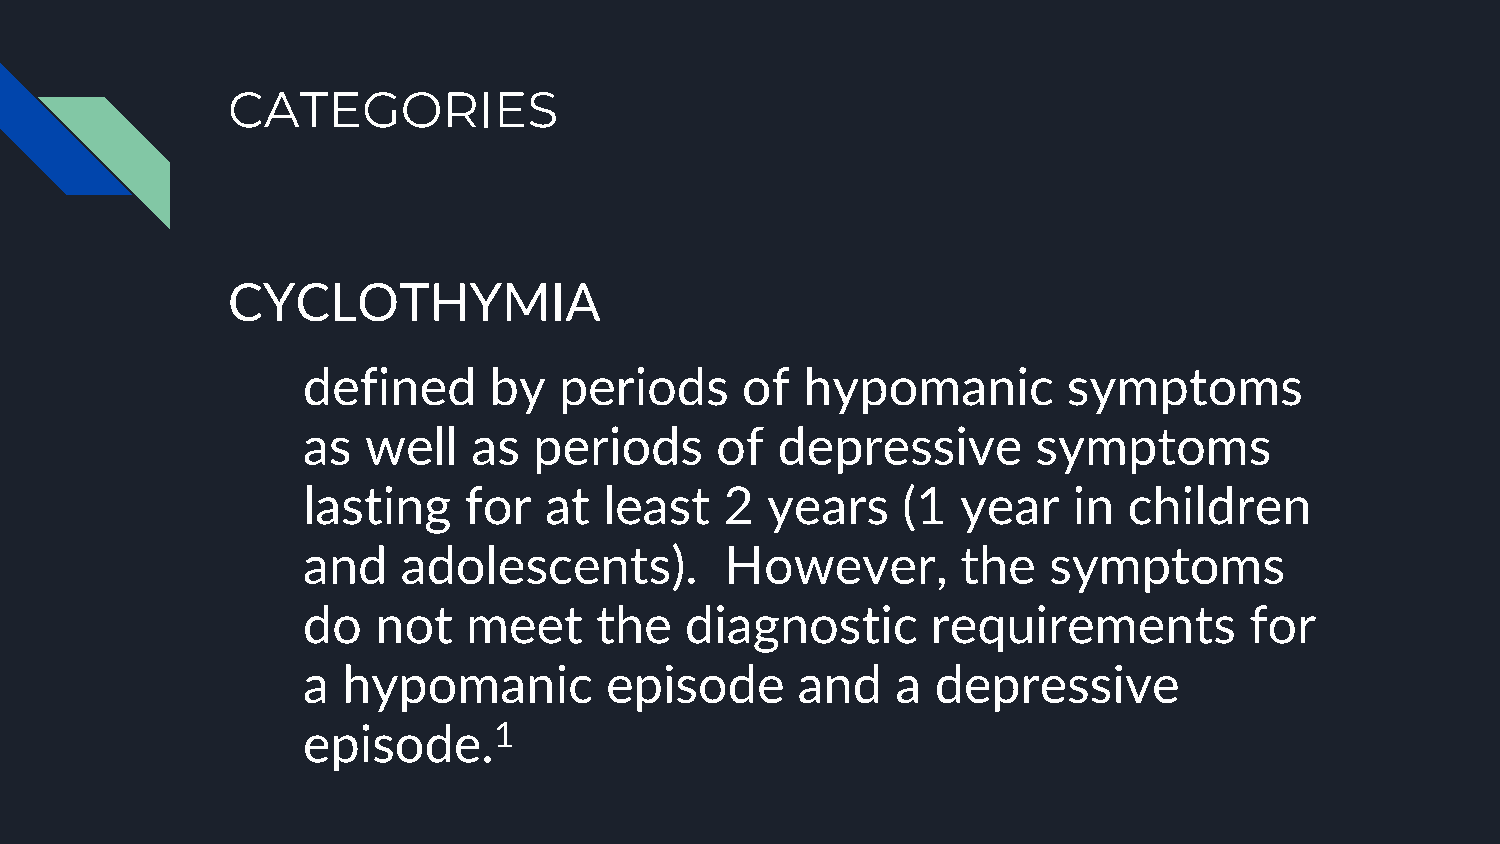
CATEGORIES
 CYCLOTHYMIA
 defined     by   periods     of  hypomanic         symptoms
 as  well   as  periods     of  depressive        symptoms
 lasting    for  at  least   2  years    (1  year   in  children
 and    adolescents).        However,        the  symptoms
 do   not   meet    the   diagnostic       requirements         for
 a  hypomanic        episode      and   a  depressive
 episode.1